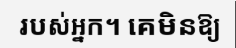
របស់អ្នក។ គេមិនឱ្យ